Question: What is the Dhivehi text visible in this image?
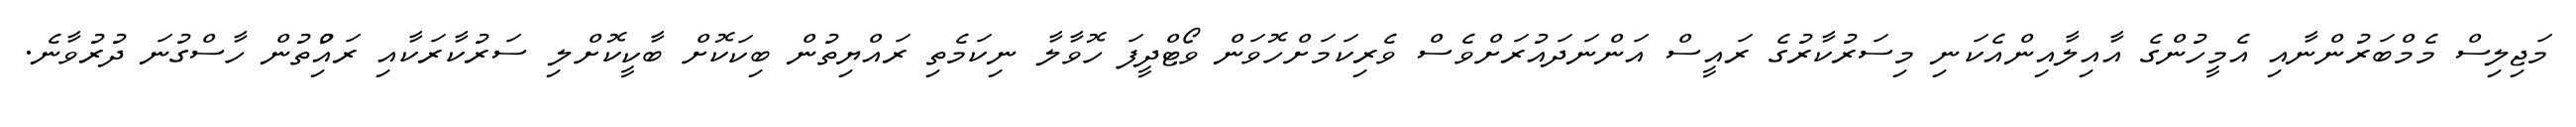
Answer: މަޖިލިސް މެމްބަރުންނާއި އެމީހުންގެ އާއިލާއިންއެކަނި މިސަރުކާރުގެ ރައީސް އަންނަދައުރަށްވެސް ވެރިކަމަށްހޮވަން ވޯޓްދީފަ ހޮވާލާ ނިކަމެތި ރައްޔިތުން ބިކަކޮށް ބާކީކޮށްލި ސަރުކާރަކާއި ރައްުިތުން ހާސްގުނަ ދުރުވާނެ.